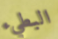
البطيء